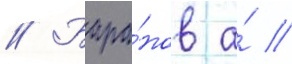
// Бара́нов а́ //